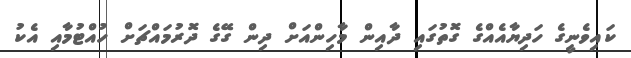
ކައިވެނީގެ ހަދިޔާއެއްގެ ގޮތުގައި ދާއިން މާހިންއަށް ދިން ގޭގެ ދޮރުމައްޗަށް ހުއްޓުމާއި އެކު